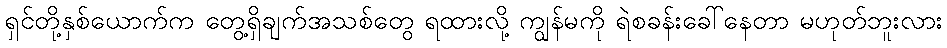
ရှင်တို့နှစ်ယောက်က တွေ့ရှိချက်အသစ်တွေ ရထားလို့ ကျွန်မကို ရဲစခန်းခေါ်နေတာ မဟုတ်ဘူးလား